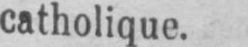
catholique.